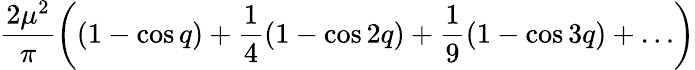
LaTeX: \frac{2\mu^{2}}{\pi}\left((1-\cos q)+\frac{1}{4}(1-\cos 2q)+\frac{1}{9}(1-\cos 3q)+\ldots\right)